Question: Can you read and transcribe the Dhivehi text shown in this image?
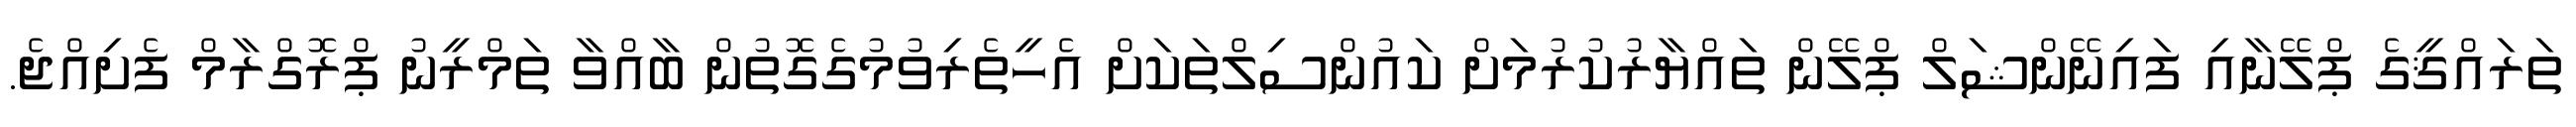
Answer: ތަރައްޤީގެ ޕްލޭނާއި ފައިނޭންޝަލް ޕްލޭން ތައްޔާރުކުރުމަށް ކައުންސިލްތަކަށް އެހީތެރިވުމުގެގޮތުން ބާއްވާ ތަމްރީނު ޕްރޮގްރާމް ފެށިއްޖެ.